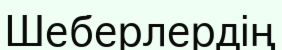
Шеберлердің